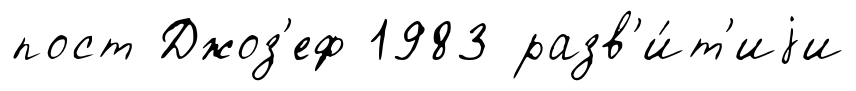
пост Джоз'еф 1983 разв'и́т'иjи